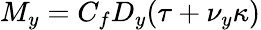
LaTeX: M_{y}=C_{f}D_{y}(\tau+\nu_{y}\kappa)